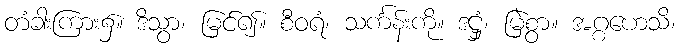
တံခါးကြား၌။ ဒိသွာ၊ မြင်၍။ စီဝရံ၊ သင်္ကန်းကို။ ဒဋ္ဌှံ၊ မြဲစွာ။ အဂ္ဂဟေသိ၊